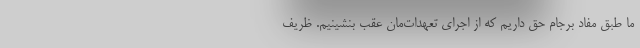
ما طبق مفاد برجام حق داریم که از اجرای تعهدات‌مان عقب بنشینیم. ظریف